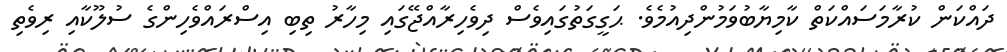
ދައްކަން ކުރާމަސައްކަތް ކާމިޔާބުވަމުންދިއުމެވެ. ޙަގީގަތުގައިވެސް ދިވެހިރާއްްޖޭގައި މިހާރު ތިބި އިސްރައްވެހިންގެ ސުލޫކާއި ރިވެތި